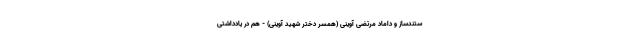
ستندساز و داماد مرتضی آوینی (همسر دختر شهید آوینی) - هم در یادداشتی